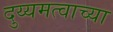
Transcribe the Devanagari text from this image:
दुय्यमत्वाच्या